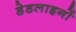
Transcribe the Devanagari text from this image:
डेडलाइनों